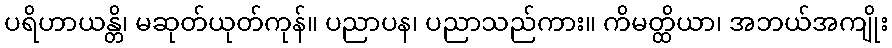
ပရိဟာယန္တိ၊ မဆုတ်ယုတ်ကုန်။ ပညာပန၊ ပညာသည်ကား။ ကိမတ္ထိယာ၊ အဘယ်အကျိုး